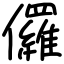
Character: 儸